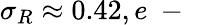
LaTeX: \sigma_{R}\approx 0.42,e\mathrm{~-~}